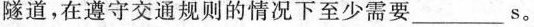
隧道，在遵守交通规则的情况下至少需要_______s。